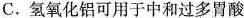
C.氢氧化铝可用于中和过多胃酸